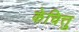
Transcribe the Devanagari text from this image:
केचित्तु